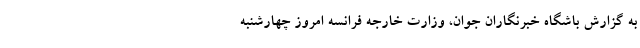
به گزارش باشگاه خبرنگاران جوان، وزارت خارجه فرانسه امروز چهارشنبه